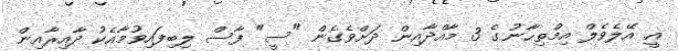
އީ އޭލެވެލް އިމްތިޙާނުގެ 3 މާއްދާއިން ދަށްވެގެން "ސީ" ފާސް ލިބިފައިވުމާއެކު ދާއިރާއިން